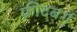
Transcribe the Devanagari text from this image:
फ्रीदबर्ग